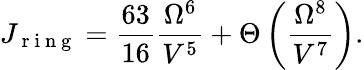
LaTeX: J_{\mathrm{~r~i~n~g~}}=\frac{63}{16}\frac{\Omega^{6}}{V^{5}}+\Theta\left(\frac{\Omega^{8}}{V^{7}}\right).